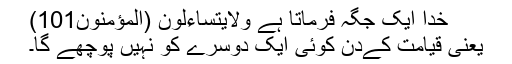
خدا ایک جگہ فرماتا ہے ولايتساءلون (المؤمنون101)
یعنی قیامت کےدن کوئی ایک دوسرے کو نہیں پوچھے گا۔